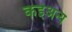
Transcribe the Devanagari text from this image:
कईअन्य